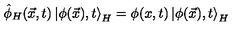
\hat { \phi } _ { H } ( \vec { x } , t ) \left| \phi ( \vec { x } ) , t \right> _ { H } = \phi ( x , t ) \left| \phi ( \vec { x } ) , t \right> _ { H }